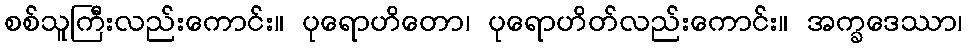
စစ်သူကြီးလည်းကောင်း။ ပုရောဟိတော၊ ပုရောဟိတ်လည်းကောင်း။ အက္ခဒေဿာ၊